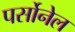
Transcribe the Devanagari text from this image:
पर्सोनेल